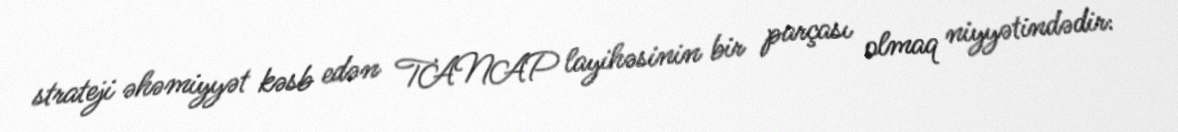
strateji əhəmiyyət kəsb edən TANAP layihəsinin bir parçası olmaq niyyətindədir: